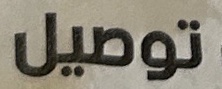
توصيل